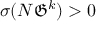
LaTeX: \sigma ( N { \mathfrak { G } } ^ { k } ) > 0